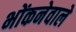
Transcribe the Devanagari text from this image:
भोंकनेवाले